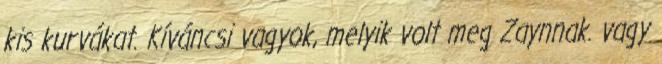
kis kurvákat. Kíváncsi vagyok, melyik volt meg Zaynnak. vagy